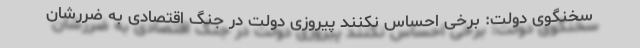
سخنگوی دولت: برخی احساس نکنند پیروزی دولت در جنگ اقتصادی به ضررشان